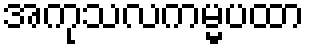
အကုသလကမ္မပထာ